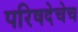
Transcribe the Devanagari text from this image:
परिषदेचेच